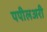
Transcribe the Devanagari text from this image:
पपीलअरी